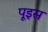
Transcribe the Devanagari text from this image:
पूइस